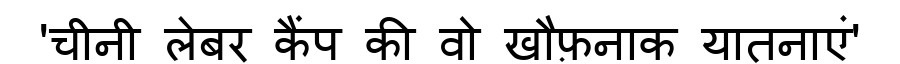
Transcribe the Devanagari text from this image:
'चीनी लेबर कैंप की वो खौफ़नाक यातनाएं'